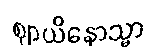
ဈာယိနောသ္မာ